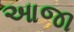
આજા